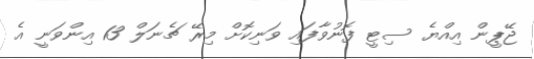
ޖޭޕީން އިއްޔެ ސިޓީ ފޮނުވާފައި ވަނިކޮށް މިރޭ ޗެނަލް 13 އިންވަނީ އެ